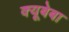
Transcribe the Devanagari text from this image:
क्यूबेबा